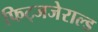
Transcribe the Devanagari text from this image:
फिट्जजेराल्ड